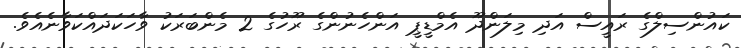
ކައުންސިލްގެ ރައީސް އަދި މިލަންދޫ އެމްޑީޕީ އަންހެނުންގެ ރޫހުގެ 2 މެންބަރަކު ވާހަކަދައްކަވާނެއެވެ.